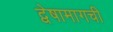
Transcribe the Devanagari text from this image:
द्वेषामागची